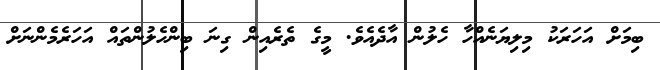
ބިމަށް އަހަރަކު މިލިޔަނެއްހާ ހެލުން އާދެއެވެ. މީގެ ތެރެއިން ގިނަ ބިންހެލުންތައް އަހަރެމެންނަށް